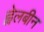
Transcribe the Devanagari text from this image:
ह्वेलबीन